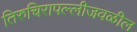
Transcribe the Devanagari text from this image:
तिरुचिरापल्लीजवळील